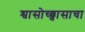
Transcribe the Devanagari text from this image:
श्वासोच्छ्वासाचा